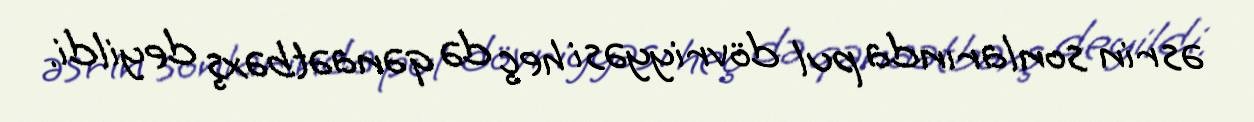
əsrin sonlarında pul dövriyyəsi heç də qənaətbəxş deyildi.